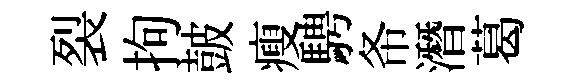
裂拘皷瘦騁𢁙潛葛